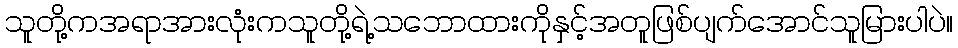
သူတို့ကအရာအားလုံးကသူတို့ရဲ့သဘောထားကိုနှင့်အတူဖြစ်ပျက်အောင်သူမြားပါပဲ။